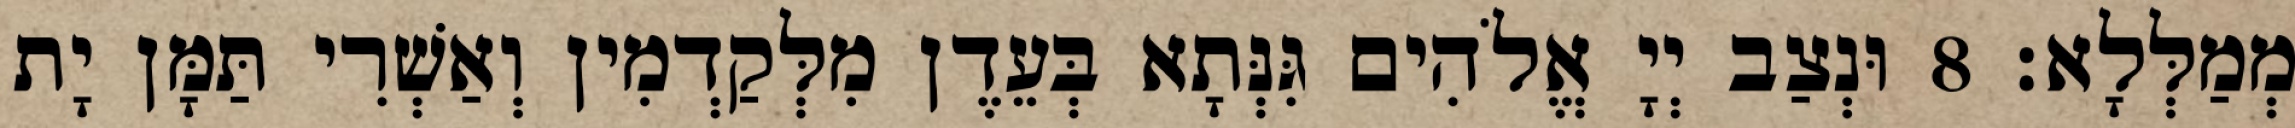
מְמַלְּלָא׃ 8 וּנְצַב יְיָ אֱלֹהִים גִּנְּתָא בְּעֵדֶן מִלְּקַדְמִין וְאַשְׁרִי תַּמָּן יָת